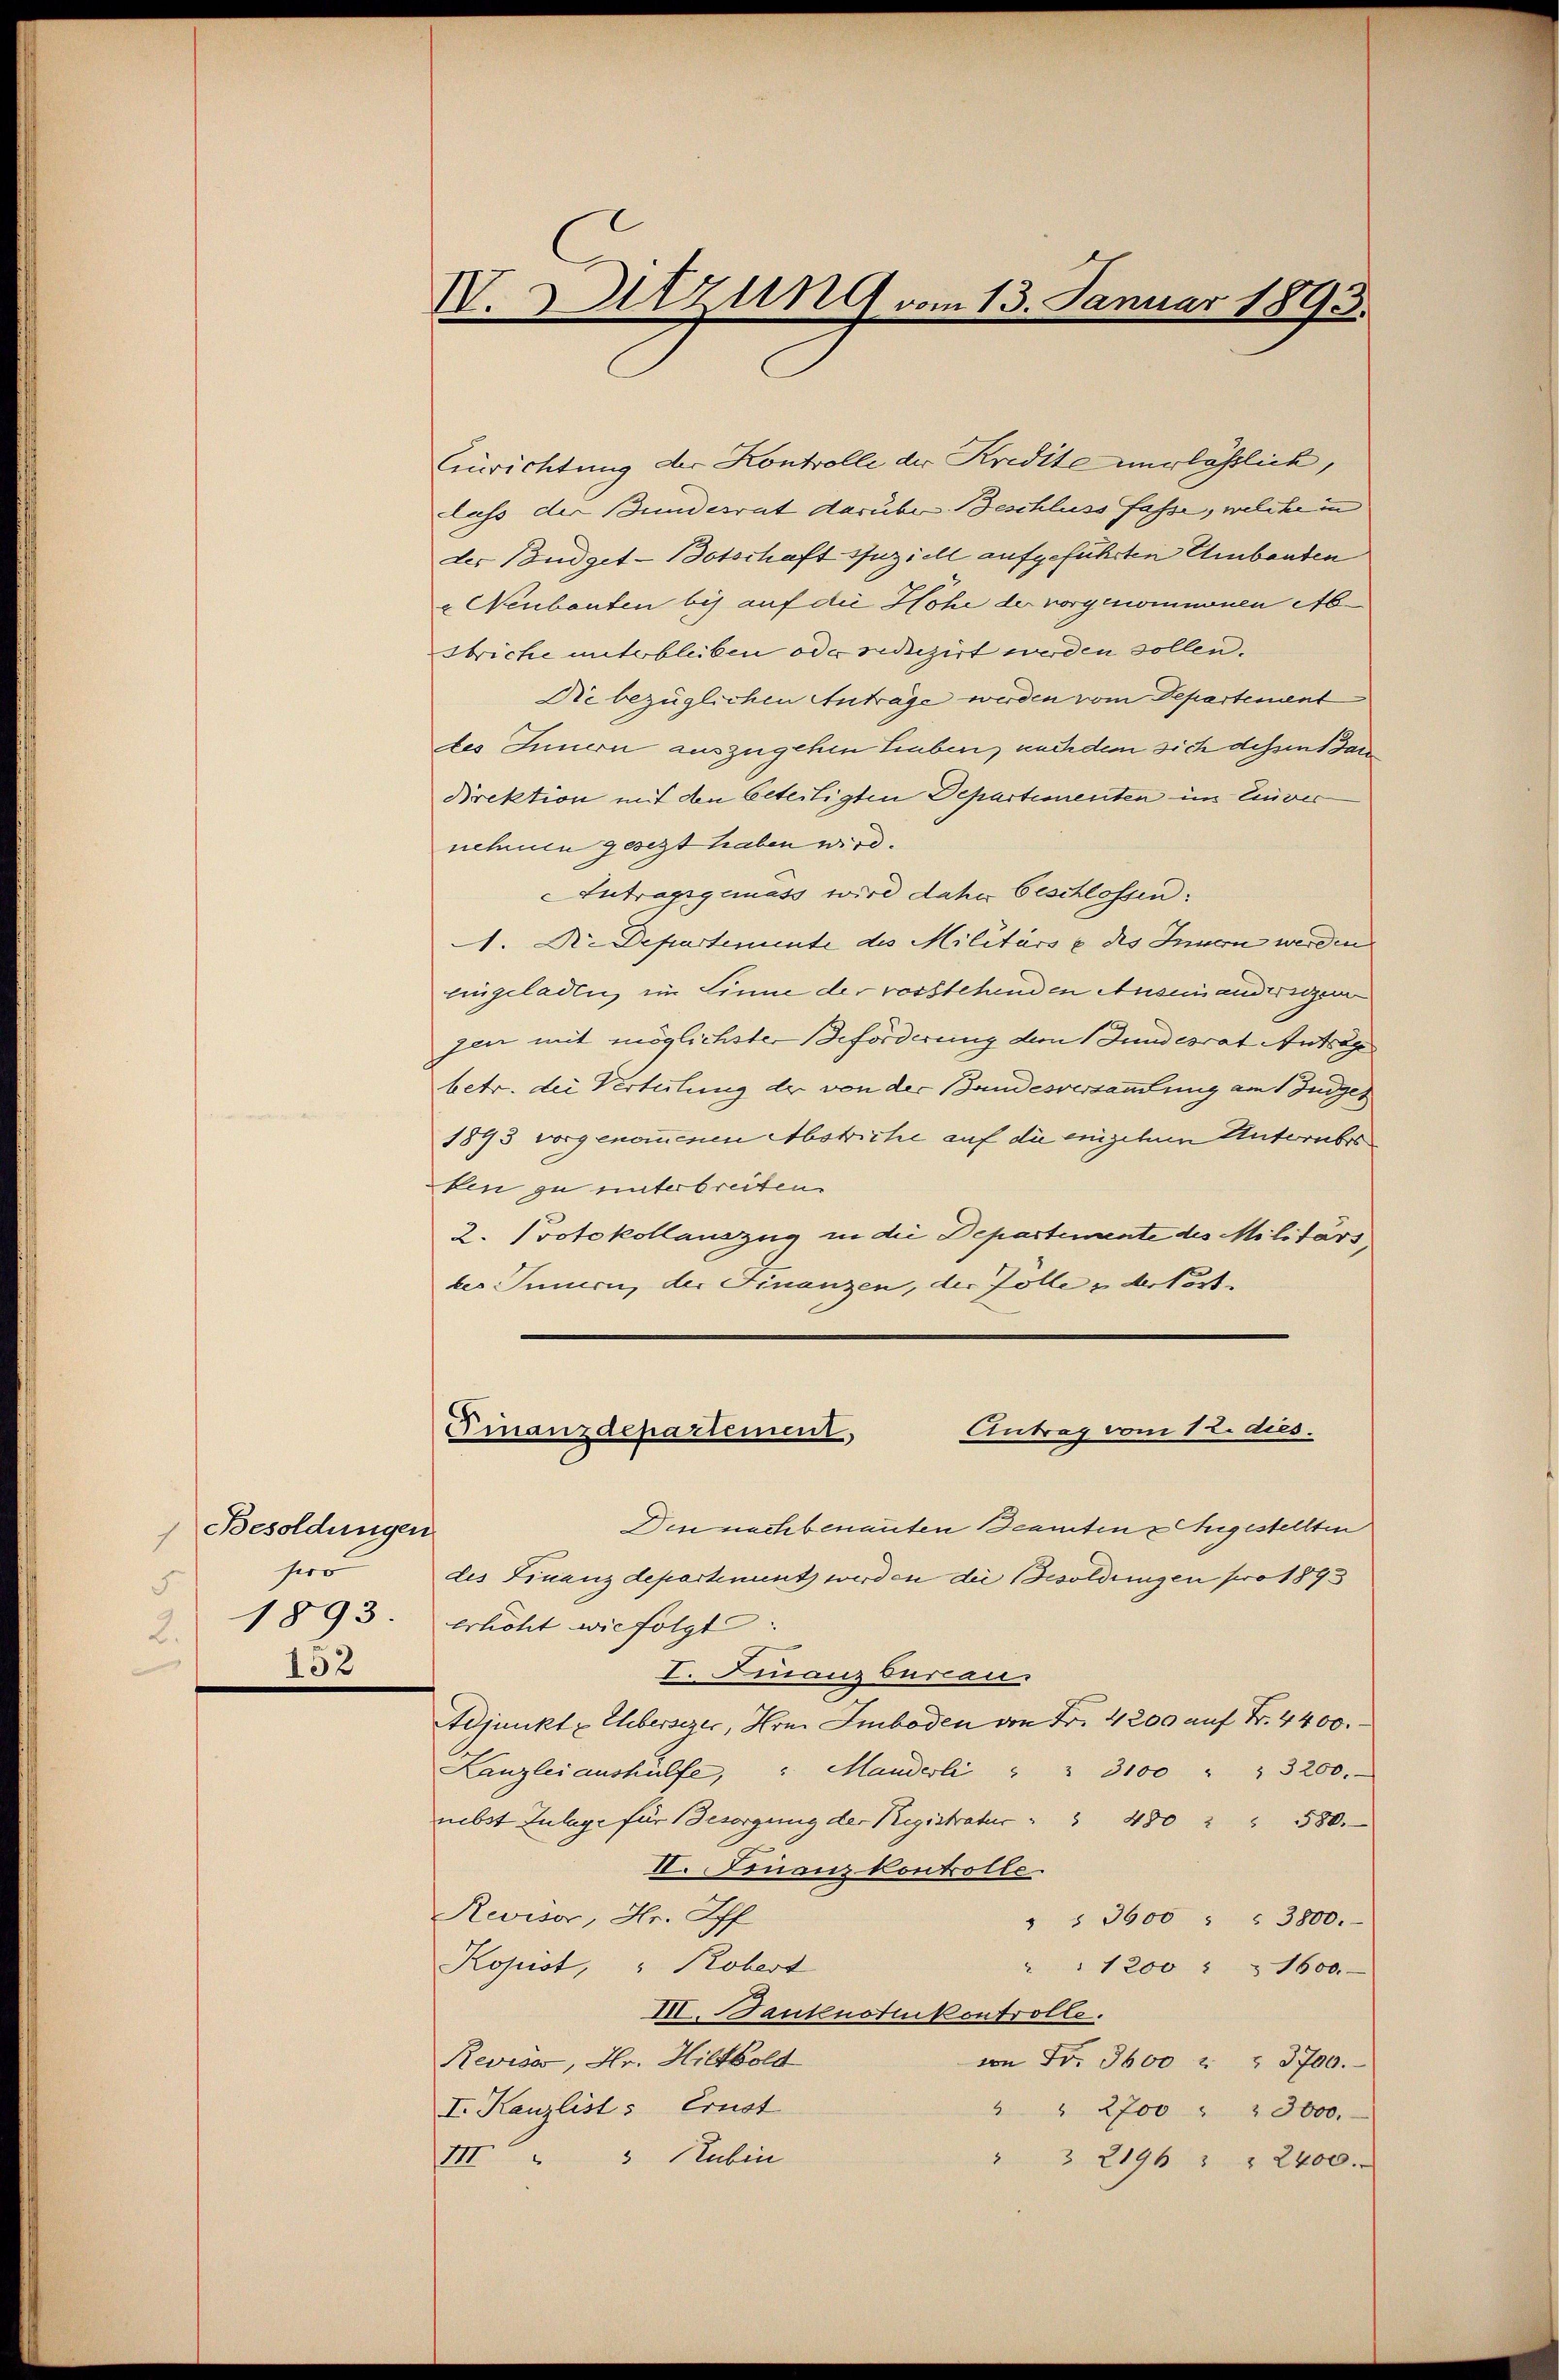
Besoldungen
hero
5.
1893.
2.
132

IV. Sitzung vom 13. Januar 1893.

Einrichtung der Kontrolle der Kredite verlässlich,
class der Bundesrat darüber Beschluss fasse, welche in |
des Budget-Botschaft speziell aufgeführten Umbauten
" Neubauten bis auf die Höhe der vorgenommenen Ab¬
Striche unterbleiben oder reduzirt werden sollen.
Die bezüglichen Anträge werden vom Departement
des Innern auszugehen haben, nachdem sich dessen Bar
Direktion mit den betertigten Departementen im Einver
nehmen gesezt haben wird.
Autragsgemäss wird daher beschlossen:
1. K. Departemente des Militärs & des Innern werden
eingeladen im Sinne der vorstehenden Auseinandereien
zen mit möglichster Beförderung dem Bundesrat Antrage
betr. die Verteilung der von der Bandesversammlung am 1 Juden
1893 vorgenommenen Abstiche auf die emigitum Unterbes
ken zu unterbreiten.
2. Protokollauszug in die Departemente des Militärs
tes Innern, der Finanzen, der Folle & Arkost¬

Antrag vom 12. dies.
Finanzdepartement,

Den nachbenannten Beamten Angestellten
des Finanzdepartement werden die Besoldungen pro 1893
erlicht wie folgt
I. Finanz Bureau.
Adjunkte Ehebersezes, Hrn. Imboden an Fr. 4200 auf Fr. 4400.
Lanzlei aushülfe,  Mandesli " " 3100 " " 3200.
nebst Zulage für Besorgung der Registratur                "                                                            580.
II. Finanz kontrolle.
Revisor, Hr. Off
" " 3600 " " 3800.
Kopist, " Robert
" " 1200 " " 1600.
II. Banknotikontrolle.
Revise, Hr. Hiltbold
von Fr. 5600 " " 3700.
I. Kanzlist: Ernst
" " 2700 " " 3000.
III 3 Stubin
" " 2196 " " 2400.